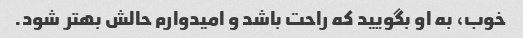
خوب، به او بگویید که راحت باشد و امیدوارم حالش بهتر شود.